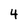
Character: 4